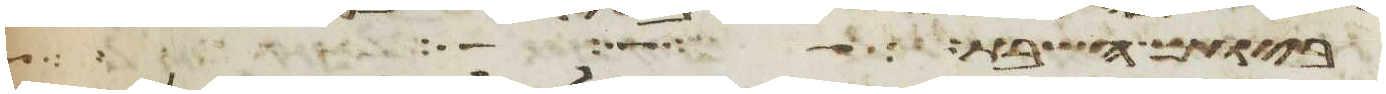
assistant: ביום שמע אישה